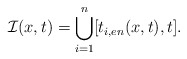
\begin{align*} \mathcal{I}(x,t)=\bigcup_{i=1}^{n}[t_{i,en}(x,t),t].\end{align*}